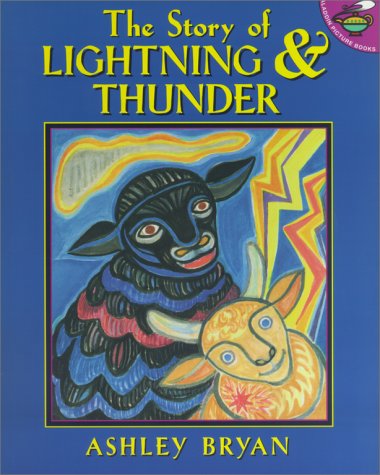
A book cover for The Story of Lightning and Thunder; Ashley Bryan; Children's Books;